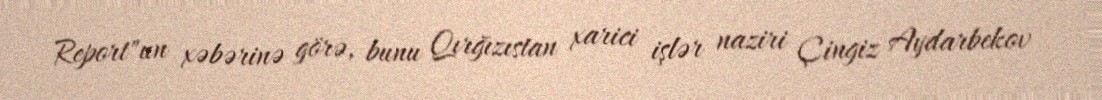
Report"un xəbərinə görə, bunu Qırğızıstan xarici işlər naziri Çingiz Aydarbekov